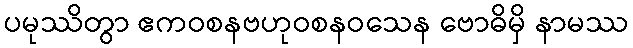
ပမုဿိတွာ ဧကဝစနဗဟုဝစနဝသေန ဗောဓိမှိ နာမဿ